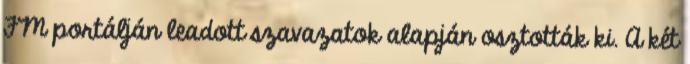
FM portálján leadott szavazatok alapján osztották ki. A két